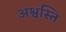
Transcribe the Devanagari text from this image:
अश्वस्ति